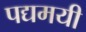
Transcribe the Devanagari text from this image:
पद्यमयी